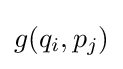
g(q_{i},p_{j})